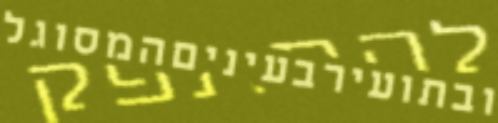
ובתועירבעיניםהמסוגל